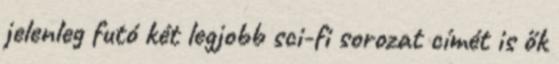
jelenleg futó két legjobb sci-fi sorozat címét is ők